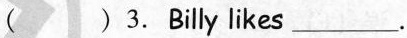
( )3.Billy likes ___.